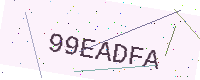
Text: 99EADFA